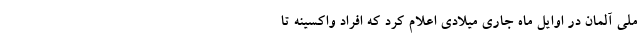
ملی آلمان در اوایل ماه جاری میلادی اعلام کرد که افراد واکسینه تا